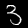
Digit: 3